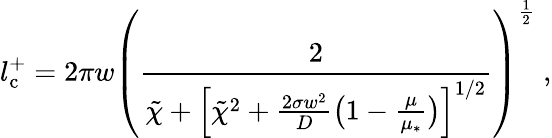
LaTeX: l_{\mathrm{c}}^{+}=2\pi w\left(\frac{2}{\tilde{\chi}+\Bigl[\tilde{\chi}^{2}+\frac{2\sigma w^{2}}{D}\bigl(1-\frac{\mu}{\mu_{*}}\bigr)\Bigr]^{1/2}}\right)^{\frac 12}\; ,